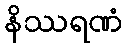
နိဿရဏံ